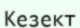
Кезект